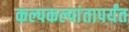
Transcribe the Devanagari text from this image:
कल्पकल्पांतापर्यंत